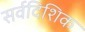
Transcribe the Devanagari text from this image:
सर्वदिशिक